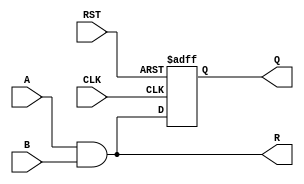
`timescale 1ns / 1ps
//////////////////////////////////////////////////////////////////////////////////
// Company: 
// Engineer: 
// 
// Design Name: 
// Module Name: my_dff
// Project Name: 
// Target Devices: 
// Tool Versions: 
// Description: 
// 
// Dependencies: 
// 
// Revision:
// Revision 0.01 - File Created
// Additional Comments:
// 
//////////////////////////////////////////////////////////////////////////////////


module my_dff(
    input A, B, CLK, RST,
    output reg R,Q
    );
    
always @(A,B)
        R=A&B;
    
always @(posedge CLK, posedge RST)
if (RST==1'b1)
    Q <= 1'b0;
else
    Q <= A&B;
        
    
endmodule